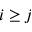
i \geq j